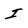
Character: I